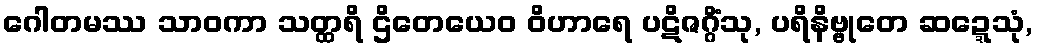
ဂေါတမဿ သာဝကာ သတ္ထရိ ဌိတေယေဝ ဝိဟာရေ ပဋိဇဂ္ဂိံသု, ပရိနိဗ္ဗုတေ ဆဍ္ဍေသုံ,